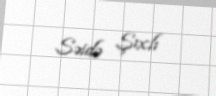
Səidə Şıxlı